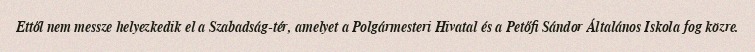
Ettől nem messze helyezkedik el a Szabadság-tér, amelyet a Polgármesteri Hivatal és a Petőfi Sándor Általános Iskola fog közre.